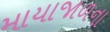
માયાજાળના